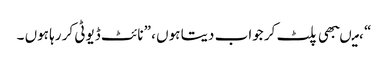
“ ،میںبھی پلٹ کر جواب دیتا ہوں ، ”نائٹ ڈیوٹی کر رہا ہوں ۔